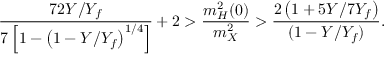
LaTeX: \frac { 7 2 Y / Y _ { f } } { 7 \left[ 1 - \left( 1 - Y / Y _ { f } \right) ^ { 1 / 4 } \right] } + 2 > \frac { m _ { H } ^ { 2 } ( 0 ) } { m _ { X } ^ { 2 } } > \frac { 2 \left( 1 + 5 Y / 7 Y _ { f } \right) } { ( 1 - Y / Y _ { f } ) } .